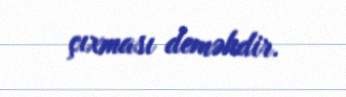
çıxması deməkdir.